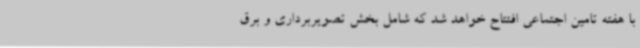
با هفته تامین اجتماعی افتتاح خواهد شد که شامل بخش تصویربرداری و برق